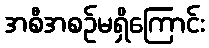
အစီအစဉ်မရှိကြောင်း